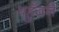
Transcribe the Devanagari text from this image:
पहुँवने